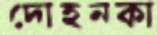
দোহনকা